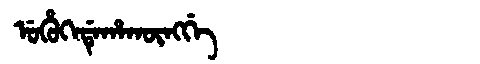
Manchu: ᡠᡥᡠᡴᡝᡩᡝᡥᠠᡴᡡᠩᡤᡝ
Romanization: UHUKEDEHAKŪNGGE